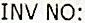
INV NO: